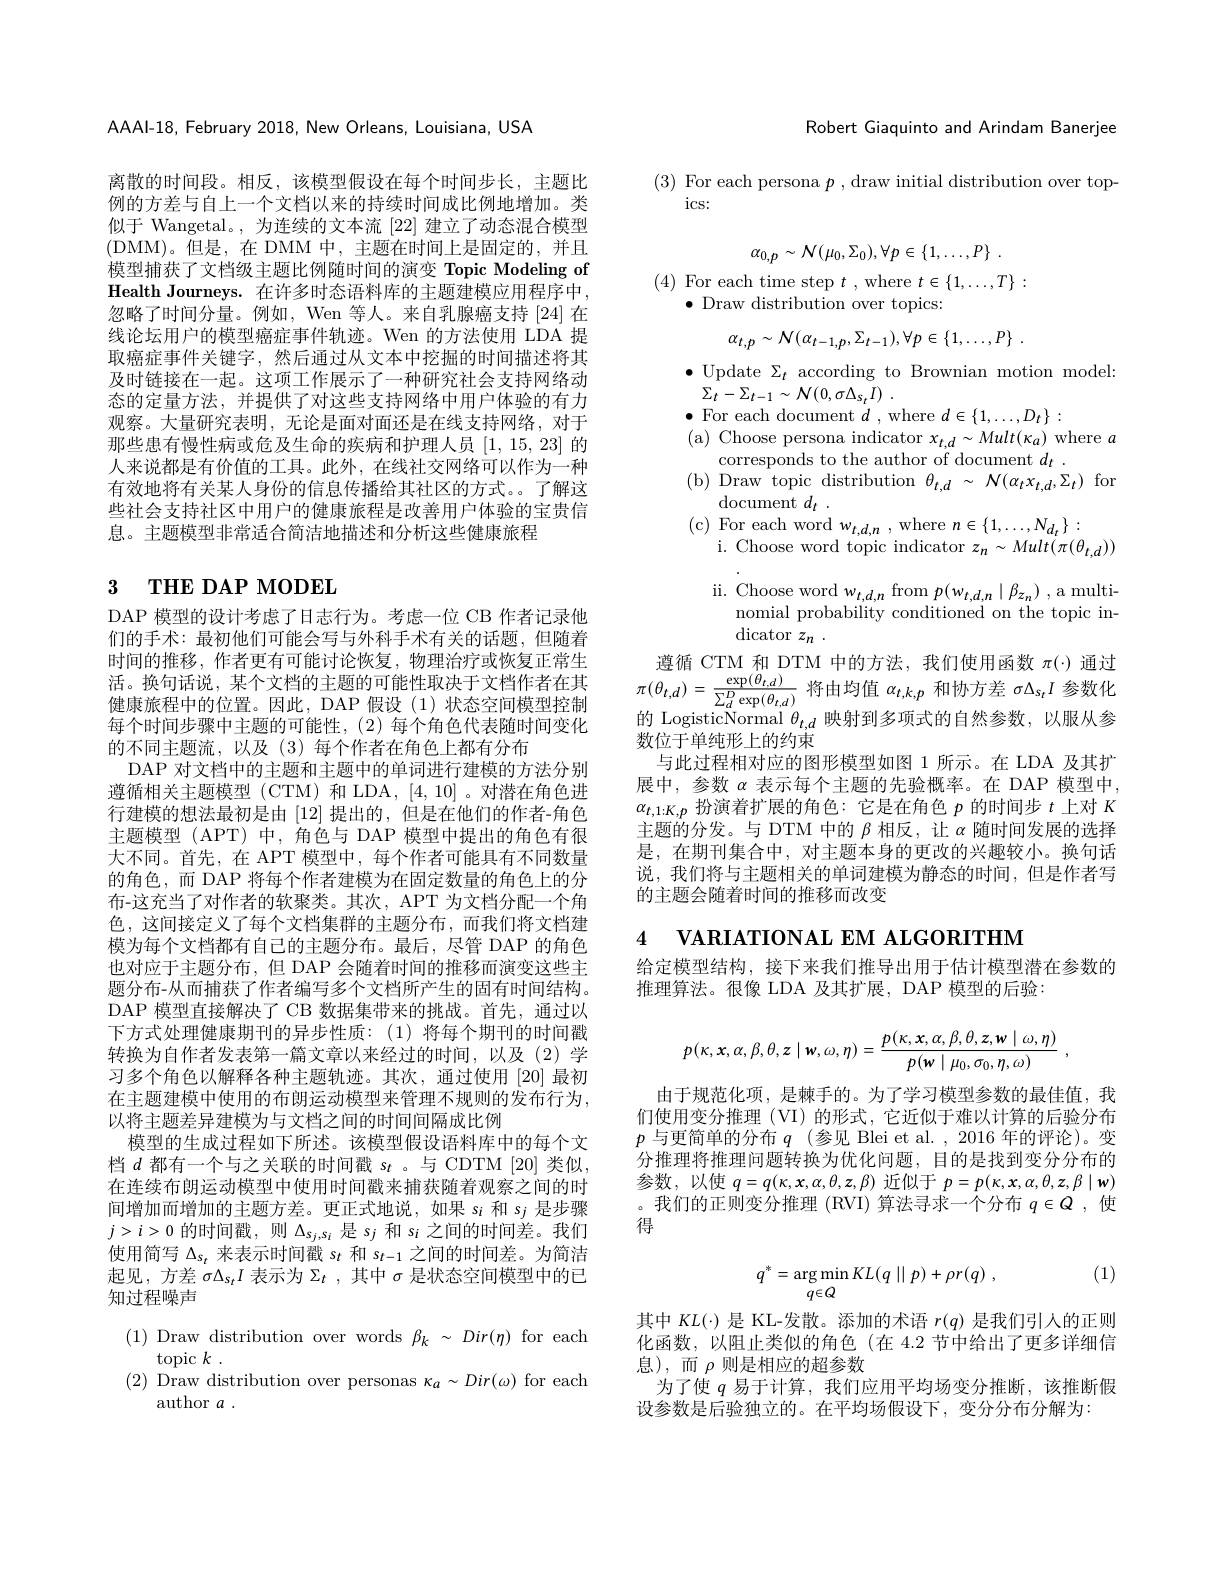
AAAAI-18, February 2018, New Orleans, Louisiana, USA

离散的时间段。相反，该模型假设在每个时间步长，主题比例的方差与自上一个文档以来的持续时间成比例地增加。类似于 Wangetal。,为连续的文本流[22]建立了动态混合模型(DMM)。但是，在 DMM 中，主题在时间上是固定的，并且模型捕获了文档级主题比例随时间的演变 Topic Modeling of Health Journeys. 在许多时态语料库的主题建模应用程序中， 忽略了时间分量。例如，Wen 等人。来自乳腺癌支持[24]在线论坛用户的模型癌症事件轨迹。Wen 的方法使用 LDA 提取癌症事件关键字，然后通过从文本中挖掘的时间描述将其及时链接在一起。这项工作展示了一种研究社会支持网络动态的定量方法，并提供了对这些支持网络中用户体验的有力观察。大量研究表明，无论是面对面还是在线支持网络，对于那些患有慢性病或危及生命的疾病和护理人员[1,15,23]的人来说都是有价值的工具。此外，在线社交网络可以作为一种有效地将有关某人身份的信息传播给其社区的方式。了解这些社会支持社区中用户的健康旅程是改善用户体验的宝贵信息。主题模型非常适合简洁地描述和分析这些健康旅程

# 3 THE DAP MODEL

DAP 模型的设计考虑了日志行为。考虑一位 CB 作者记录他们的手术：最初他们可能会写与外科手术有关的话题，但随着时间的推移，作者更有可能讨论恢复，物理治疗或恢复正常生活。换句话说，某个文档的主题的可能性取决于文档作者在其健康旅程中的位置。因此，DAP 假设 (1) 状态空间模型控制每个时间步骤中主题的可能性，(2)每个角色代表随时间变化的不同主题流，以及(3)每个作者在角色上都有分布
DAP 对文档中的主题和主题中的单词进行建模的方法分别遵循相关主题模型 (CTM) 和 LDA, [4,10]。对潜在角色进行建模的想法最初是由[12]提出的，但是在他们的作者-角色主题模型 (APT) 中，角色与 DAP 模型中提出的角色有很大不同。首先，在 APT 模型中，每个作者可能具有不同数量的角色，而 DAP 将每个作者建模为在固定数量的角色上的分布-这充当了对作者的软聚类。其次，APT 为文档分配一个角色，这间接定义了每个文档集群的主题分布，而我们将文档建模为每个文档都有自己的主题分布。最后，尽管 DAP 的角色也对应于主题分布，但 DAP 会随着时间的推移而演变这些主题分布-从而捕获了作者编写多个文档所产生的固有时间结构。DAP 模型直接解决了 CB 数据集带来的挑战。首先，通过以下方式处理健康期刊的异步性质：(1)将每个期刊的时间戳转换为自作者发表第一篇文章以来经过的时间，以及(2)学习多个角色以解释各种主题轨迹。其次，通过使用[20]最初在主题建模中使用的布朗运动模型来管理不规则的发布行为， 以将主题差异建模为与文档之间的时间间隔成比例
模型的生成过程如下所述。该模型假设语料库中的每个文档$d$都有一个与之关联的时间戳$s_t$ 。与 CDTM [20]类似， 在连续布朗运动模型中使用时间戳来捕获随着观察之间的时间增加而增加的主题方差。更正式地说，如果$s_i$和$s_j$是步骤$j>i>0$的时间戳，则$\Delta_{s_j,s_i}$是$s_j$和$s_i$之间的时间差。我们使用简写$\Delta_{s_t}$来表示时间戳$s_t$和$s_{t-1}$之间的时间差。为简洁起见，方差$\sigma\Delta_{s_t}I$表示为$\Sigma_t$,其中$\sigma$是状态空间模型中的已知过程噪声

(1) Draw distribution over words $\beta_k\sim Dir(\eta)$ for each
topic $k$ .
(2) Draw distribution over personas $\kappa_a\sim Dir(\omega)$ for each
author $a$

Robert Giaquinto and Arindam Banerjee

(3) For each persona $p$, draw initial distribution over top-
ics:
$$\alpha_{0,p}\sim{\mathcal N}(\mu_{0},\Sigma_{0}),\forall p\in\{1,\dots,P\}\:.$$
(4) For each time step $t$ , where $t\in\{1,\ldots,T\}:$
$\bullet$ Draw distribution over topics:
$$\alpha_{t,p}\sim\mathcal{N}(\alpha_{t-1,p},\Sigma_{t-1}),\forall p\in\{1,\ldots,P\}\:.$$
$\bullet$Update$\Sigma_t$according to Brownian motion model:
$\Sigma _{t}- \Sigma _{t- 1}\sim \mathcal{N} ( 0, \sigma \Delta _{s_{t}}I)$ .
$\bullet$ For each document $d$ , where $d\in\{1,\ldots,D_t\}:$
( a) Choose persona indicator $x_{t, d}\sim Mult( \kappa _{a})$ where $a$
corresponds to the author of document $d_t$ .
( b) Draw topic distribution $\theta _{t, d} \sim N( \alpha _{t}x_{t, d}, \Sigma _{t}) $for
$\operatorname { document} d_{t}$ .
(c) For each word $w_t,d,n$ , where $n\in\{1,\ldots,N_{d_t}\}:$
i. Choose word topic indicator $z_n\sim Mult(\pi(\theta_{t,d}))$ ii. Choose word $w_{t,d,n}$ from $p(w_{t,d,n}\mid\beta_{z_n})$ ,a multi-
nomial probability conditioned on the topic in-
dicator $z_n$
遵循 CTM 和 DTM 中的方法，我们使用函数$\pi(\cdot)$通过$\pi(\theta_{t,d})=\frac{\exp(\theta_{t,d})}{\sum_{d}^{D}\exp(\theta_{t,d})}$将由均值$\alpha_t,k,p$和协方差$\sigma\Delta_{s_t}I$参数化的 LogisticNormal $\theta _{t, d}$映射到多项式的自然参数，以服从参数位于单纯形上的约束
与此过程相对应的图形模型如图 1 所示。在 LDA 及其扩展中，参数 $\alpha$ 表示每个主题的先验概率。在 DAP 模型中， $\alpha _{t, 1: K, p}$ 扮 演 着 扩 展 的 角 色 : 它 是 在 角 色 $p$ 的 时 间 步 $t$ 上 对 $K$ 主 题 的 分 发 。与 DTM 中 的 $\beta$ 相 反 , 让 $\alpha$ 随 时 间 发 展 的 选 择是，在期刊集合中，对主题本身的更改的兴趣较小。换句话说，我们将与主题相关的单词建模为静态的时间，但是作者写的主题会随着时间的推移而改变
4 $\textbf{VARIATIONAL EM ALGORITHM}$

给定模型结构，接下来我们推导出用于估计模型潜在参数的
推理算法。很像 LDA 及其扩展，DAP 模型的后验：
$$p(\kappa,x,\alpha,\beta,\theta,z\mid w,\omega,\eta)=\frac{p(\kappa,x,\alpha,\beta,\theta,z,w\mid\omega,\eta)}{p(w\mid\mu_0,\sigma_0,\eta,\omega)}\:,$$
由于规范化项，是棘手的。为了学习模型参数的最佳值，我们使用变分推理 (VI) 的形式，它近似于难以计算的后验分布$p$与更简单的分布$q$ (参见 Blei et al. ,2016年的评论)。变分推理将推理问题转换为优化问题，目的是找到变分分布的参数，以使$q=q(\kappa,\boldsymbol{x},\alpha,\theta,\boldsymbol{z},\beta)$近似于$p=p(\kappa,\boldsymbol{x},\alpha,\theta,\boldsymbol{z},\beta\mid\boldsymbol{w})$ 。我们的正则变分推理 (RVI) 算法寻求一个分布$q\in Q$,使得

(1)
$$q^{*}=\arg\min_{q\in Q}KL(q\mid\mid p)+\rho r(q)\:,$$
其中$KL(\cdot)$是 KL-发散。添加的术语$r(q)$是我们引人的正则化函数，以阻止类似的角色(在 4.2 节中给出了更多详细信息),而$\rho$则是相应的超参数
为了使$q$易于计算，我们应用平均场变分推断，该推断假
设参数是后验独立的。在平均场假设下，变分分布分解为：